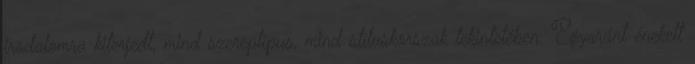
irodalomra kiterjedt, mind szereptípus, mind stíluskorszak tekintetében. Egyaránt énekelt